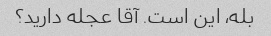
بله، این است. آقا عجله دارید؟